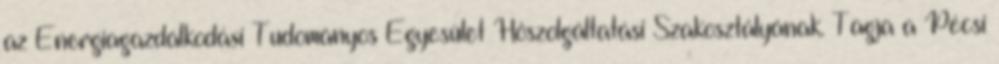
az Energiagazdálkodási Tudományos Egyesület Hôszolgáltatási Szakosztályának. Tagja a Pécsi